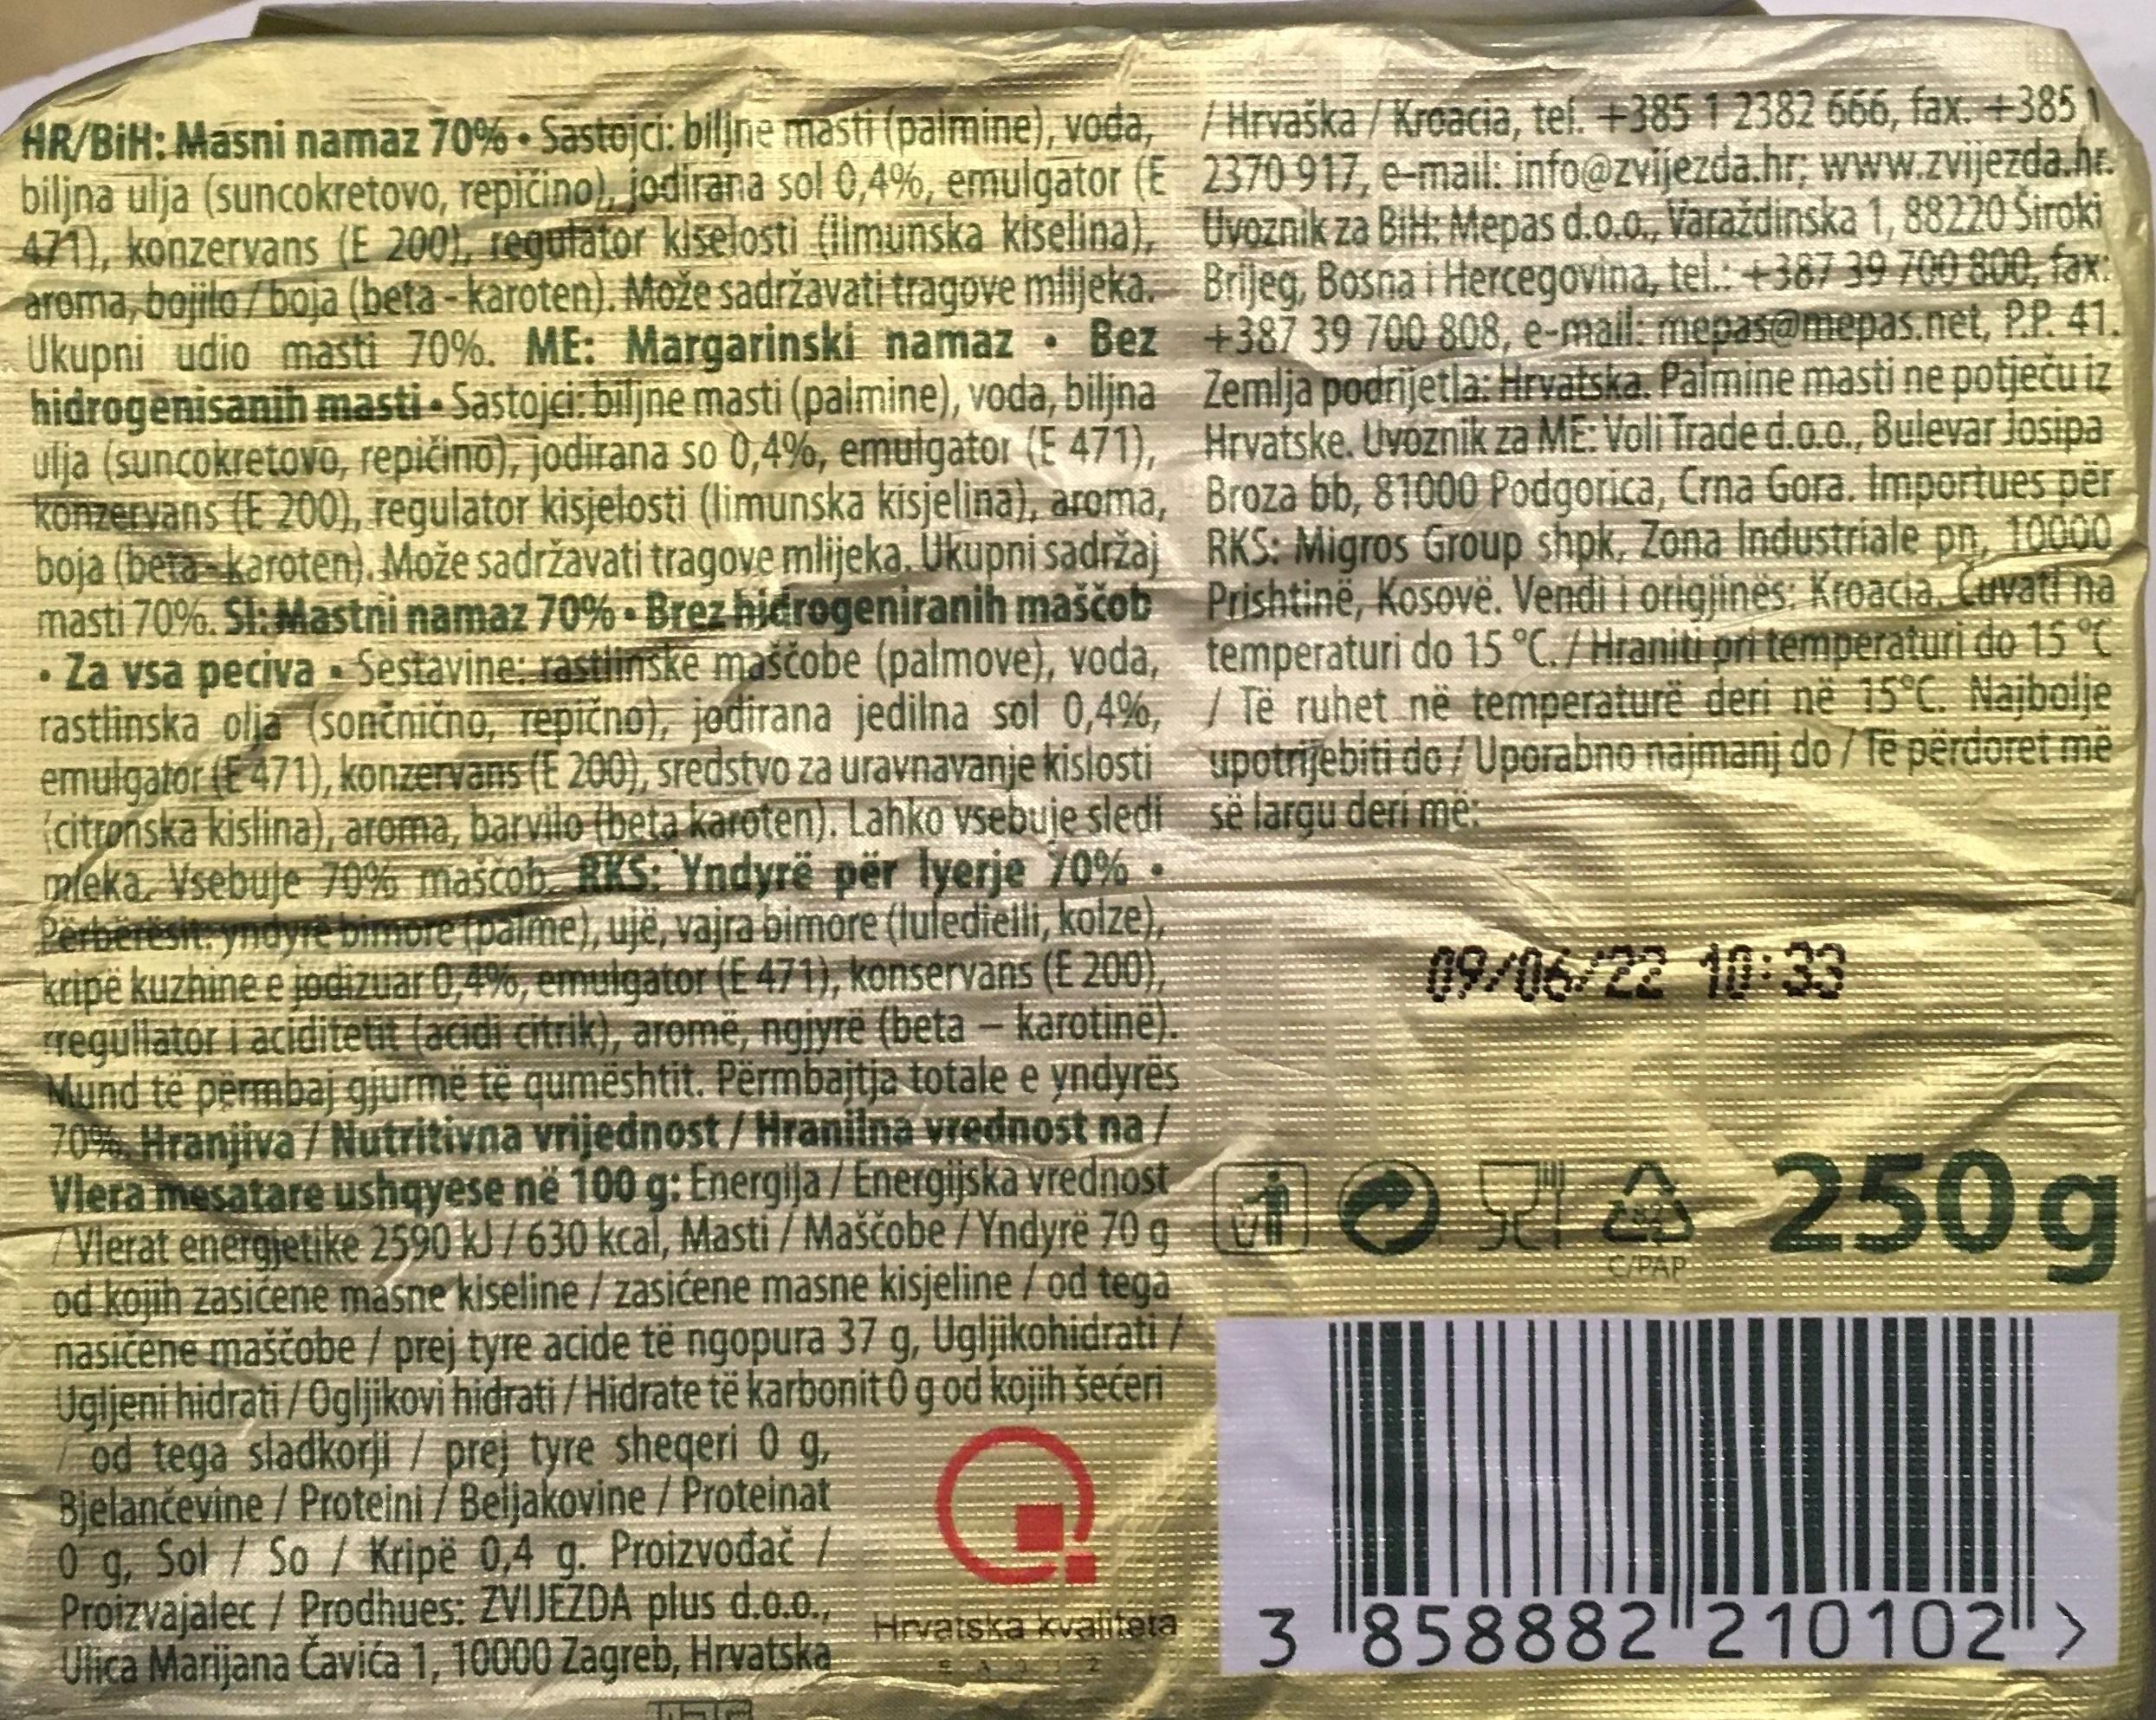
HR/BiH: Masni namaz 70%. Sastojci: biljne masti (palmine), voda, biljna ulja (suncokretovo, repičino), jodirana sol 0,4%, emulgator (E 471), konzervans (E 200), regulator kiselosti (limunska kiselina), aroma, bojilo/boja (beta-karoten). Može sadržavati tragove mlijeka. Ukupni udio masti 70%. ME: Margarinski namaz Bez hidrogenisanih masti-Sastojci: biljne masti (palmine), voda, biljna ulja (suncokretovo, repičino), jodirana so 0,4%, emulgator (E 471), konzervans (E 200), regulator kisjelosti (limunska kisjelina), aroma, boja (beta-karoten). Može sadržavati tragove mlijeka. Ukupni sadržaj masti 70%. Sl: Mastni namaz 70%-Brez hidrogeniranih maščob Za vsa peciva Sestavine: rastlinske maščobe (palmove), voda, rastlinska olja (sončnično, repično), jodirana jedilna sol 0,4%, emulgator (E471), konzervans (E 200), sredstvo za uravnavanje kislosti (citronska kislina), aroma, barvilo (beta karoten). Lahko vsebuje sledi mleka. Vsebuje 70% maščob. RKS: Yndyrë për lyerje 70% Përbërësit yndyre bimore (palme), ujë, vajra bimore (luledielli, koize) kripë kuzhine e jodizuar 0,4%, emulgator (E471), konservans (E 200) rregullator i aciditetit (acidi citrik), aromë, ngjyrë (beta-karotinë). Mund të përmbaj gjurmë të qumështit. Përmbajtja totale e yndyrës 70% Hranjiva / Nutritivna vrijednost/Hranilna vrednost na Vlera mesatare ushqyese në 100 g: Energija / Energijska vrednost Vlerat energjetike 2590 kJ/ 630 kcal, Masti / Maščobe/Yndyre 70 g od kojih zasićene masne kiseline/zasićene masne kisjeline / od tega nasićene maščobe / prej tyre acide të ngopura 37 g, Ugljikohidrati Ugljeni hidrati/Ogljikovi hidrati/Hidrate të karbonit 0 g od kojih šećeri od tega sladkorji/prej tyre sheqeri 0 g, Bjelančevine / Proteini / Beljakovine / Proteinat 0 g, Sol / So / Kripë 0,4 g. Proizvođač / Proizvajalec / Prodhues: ZVIJEZDA plus d.o.o. Ulica Marijana Čavića 1, 10000 Zagreb, Hrvatska
G
Hrvatska kvaliteta
Hrvaška / Kroacia, tel. +385 1 2382 666, fax. +385 2370 917, e-mail: info@zvijezda.hr; www.zvijezda.hr. Uvoznik za BiH: Mepas d.o.o., Varaždinska 1, 88220 Široki Brijeg, Bosna i Hercegovina, tel.: +387 39 700 800, fax: +387 39 700 808, e-mail: mepas@mepas.net, P.P. 41. Zemlja podrijetla: Hrvatska, Palmine masti ne potječu iz Hrvatske. Uvoznik za ME: Voli Trade d.o.o., Bulevar Josipa Broza bb, 81000 Podgorica, Crna Gora. Importues për RKS: Migros Group shpk, Zona Industriale pn, 10000 Prishtinë, Kosovë. Vendi i origjinës: Kroacia, Cuvati na temperaturi do 15 °C./Hraniti pri temperaturi do 15 °C / Të ruhet në temperaturë deri në 15°C. Najbolje upotrijebiti do/Uporabno najmanj do / Të përdoret më se largu deri më
09/06/22 10:33
250g
3 "858882"210102">